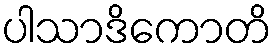
ပါသာဒိကောတိ